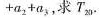
+a_{2}+a_{3}，求T_{20}。